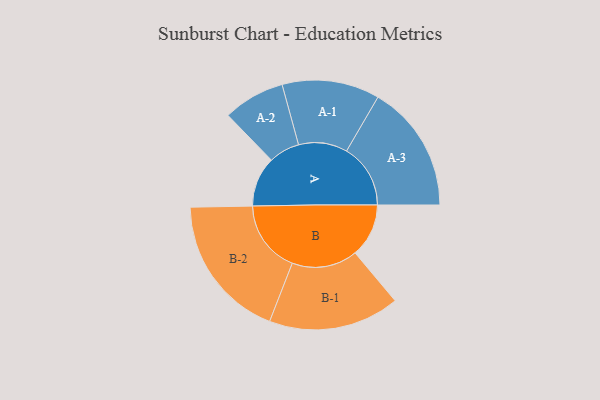
{"axis": {"x": "Segment", "y": "Value"}, "legend": ["", "A", "B"], "data": [{"x": "A", "y": 188, "type": ""}, {"x": "B", "y": 201, "type": ""}, {"x": "A-1", "y": 183, "type": "A"}, {"x": "A-2", "y": 116, "type": "A"}, {"x": "A-3", "y": 240, "type": "A"}, {"x": "B-1", "y": 246, "type": "B"}, {"x": "B-2", "y": 272, "type": "B"}]}